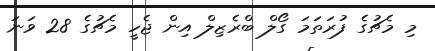
މި މެޗުގެ ފުރަތަމަ ގޯލް ބްރެޒިލް އިން ޖެހީ މެޗުގެ 28 ވަނަ